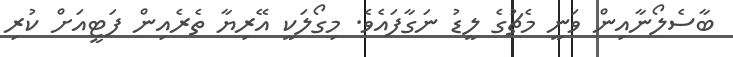
ބާސެލޯނާއިން ވަނީ މެޗުގެ ލީޑު ނަގާފައެވެ. މިގޯލަކީ އޭރިޔާ ތެރެއިން ފަޓީއަށް ކުރި